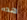
هذه